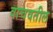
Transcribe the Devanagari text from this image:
वाचवतील